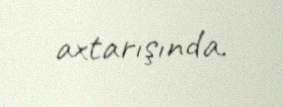
axtarışında.